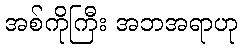
အစ်ကိုကြီး အဘအရာဟု